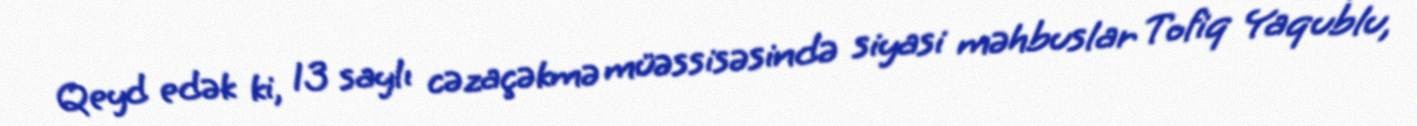
Qeyd edək ki, 13 saylı cəzaçəkmə müəssisəsində siyasi məhbuslar Tofiq Yaqublu,